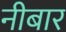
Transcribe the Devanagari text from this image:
नीबार